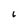
Character: i